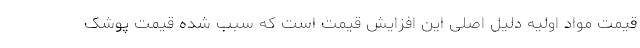
قیمت مواد اولیه دلیل اصلی این افزایش قیمت است که سبب شده قیمت پوشک